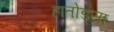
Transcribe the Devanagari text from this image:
हातोड्या